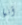
أنها